Report on enteric fever
Disease focus: Fever
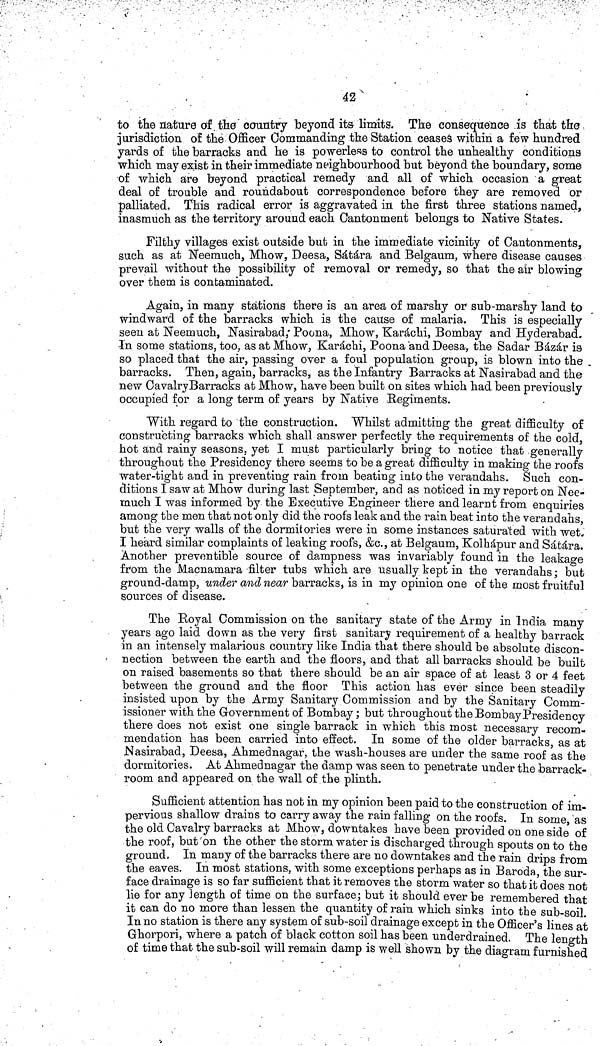
42
to the nature of the country beyond its limits. The consequence is that the
jurisdiction of the Officer Commanding the Station ceases within a few hundred
yards of the barracks and he is powerless to control the unhealthy conditions
which may exist in their immediate neighbourhood but beyond the boundary, some
of which are beyond practical remedy and all of which occasion a great
deal of trouble and roundabout correspondence before they are removed or
palliated. This radical error is aggravated in the first three stations named,
inasmuch as the territory around each Cantonment belongs to Native States.
Filthy villages exist outside but in the immediate vicinity of Cantonments,
such as at Neemuch, Mhow, Deesa, Sátára and Belgaum, where disease causes
prevail without the possibility of removal or remedy, so that the air blowing
over them is contaminated.
Again, in many stations there is an area of marshy or sub-marshy land to
windward of the barracks which is the cause of malaria. This is especially
seen at Neemuch, Nasirabad; Poona, Mhow, Karáchi, Bombay and Hyderabad.
In some stations, too, as at Mhow, Karáchi, Poona and Deesa, the Sadar Bázár is
so placed that the air, passing over a foul population group, is blown into the
barracks. Then, again, barracks, as the Infantry Barracks at Nasirabad and the
new CavalryBarracks at Mhow, have been built on sites which had been previously
occupied for a long term of years by Native Regiments.
With regard to the construction. Whilst admitting the great difficulty of
constructing barracks which shall answer perfectly the requirements of the cold,
hot and rainy seasons, yet I must particularly bring to notice that generally
throughout the Presidency there seems to be a great difficulty in making the roofs
water-tight and in preventing rain from beating into the verandahs. Such con-
ditions I saw at Mhow during last September, and as noticed in my report on Nee-
much I was informed by the Executive Engineer there and learnt from enquiries
among the men that not only did the roofs leak and the rain beat into the verandahs,
but the very walls of the dormitories were in some instances saturated with wet.
I heard similar complaints of leaking roofs, &c., at Belgaum, Kolhápur and Sátára.
Another preventible source of dampness was invariably found in the leakage
from the Macnamara filter tubs which are usually kept in the verandahs; but
ground-damp, under and near barracks, is in my opinion one of the most fruitful
sources of disease.
The Royal Commission on the sanitary state of the Army in India many
years ago laid down as the very first sanitary requirement of a healthy barrack
in an intensely malarious country like India that there should be absolute discon-
nection between the earth and the floors, and that all barracks should be built
on raised basements so that there should be an air space of at least 3 or 4 feet
between the ground and the floor This action has ever since been steadily
insisted upon by the Army Sanitary Commission and by the Sanitary Comm-
issioner with the Government of Bombay; but throughout the Bombay Presidency
there does not exist one single barrack in which this most necessary recom-
mendation has been carried into effect. In some of the older barracks as at
Nasirabad, Deesa, Ahmednagar, the wash-houses are under the same roof as the
dormitories. At Ahmednagar the damp was seen to penetrate under the barrack-
room and appeared on the wall of the plinth.
Sufficient attention has not in my opinion been paid to the construction of im-
pervious shallow drains to carry away the rain falling on the roofs. In some as
the old Cavalry barracks at Mhow, downtakes have been provided on one side of
the roof, but on the other the storm water is discharged through spouts on to the
ground. In many of the barracks there are no downtakes and the rain drips from
the eaves. In most stations, with some exceptions perhaps as in Baroda, the sur-
face drainage is so far sufficient that it removes the storm water so that it does not
lie for any length of time on the surface; but it should ever be remembered that
it can do no more than lessen the quantity of rain which sinks into the sub-soil.
In no station is there any system of sub-soil drainage except in the Officer's lines at
Ghorpori, where a patch of black cotton soil has been underdrained. The length
of time that the sub-soil will remain damp is well shown by the diagram furnished